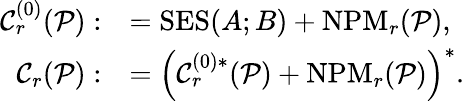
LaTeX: \begin{array}{rl}{\mathcal{C}_{r}^{(0)}(\mathcal{P}):}&{=\mathrm{SES}(A;B)+\mathrm{NPM}_{r}(\mathcal{P}),}\\ {\mathcal{C}_{r}(\mathcal{P}):}&{=\left(\mathcal{C}_{r}^{(0)\ast}(\mathcal{P})+\mathrm{NPM}_{r}(\mathcal{P})\right)^{\ast}.}\end{array}